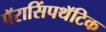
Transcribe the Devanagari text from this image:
पॅरासिंपथॅटिक